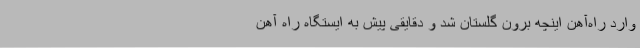
وارد راه‌آهن اینچه برون گلستان شد و دقایقی پیش به ایستگاه راه آهن